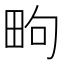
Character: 㽛